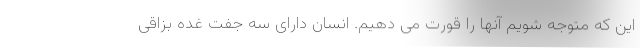
این که متوجه شویم آنها را قورت می دهیم. انسان دارای سه جفت غده بزاقی